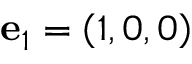
\mathbf { e } _ { 1 } = \left( 1 , 0 , 0 \right)